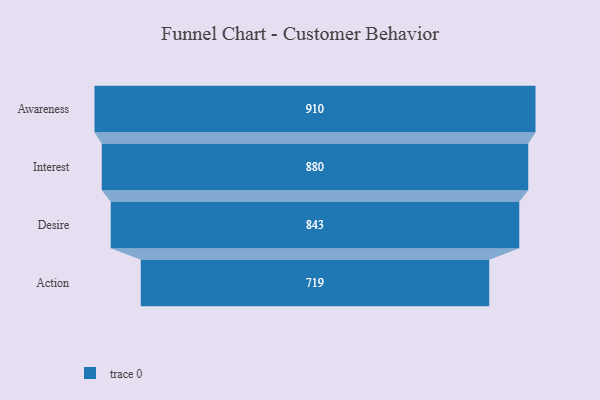
{"axis": {"x": "Stage", "y": "Value"}, "legend": [""], "data": [{"x": "Awareness", "y": 910.0, "type": ""}, {"x": "Interest", "y": 880.0, "type": ""}, {"x": "Desire", "y": 843.0, "type": ""}, {"x": "Action", "y": 719.0, "type": ""}]}